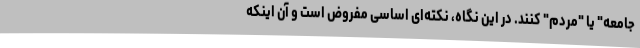
جامعه" یا "مردم" کنند. در این نگاه، نکته‌ای اساسی مفروض است و آن اینکه